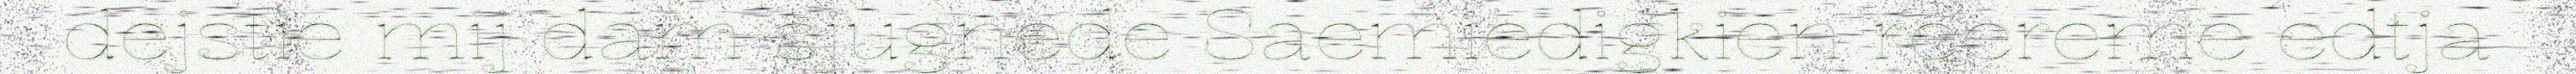
dejstie mij dam sjugnede Saemiedigkien reereme edtja